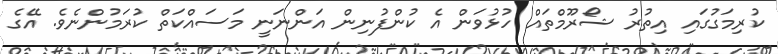
ކުރިމަގުގައި އިތުރު ޝޯރޫމްތައް ހުޅުވަން އެ ކުންފުނިން އަންނަނީ މަސައްކަތް ކުރަމުންނެވެ. އޭގެ